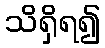
သိရှိရ၍